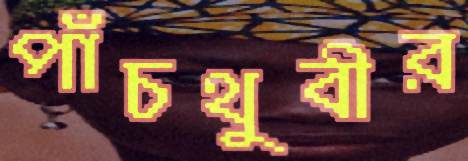
পাঁচথুবীর